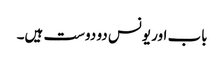
باب اور یونس دو دوست ہیں۔